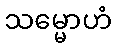
သမ္မောဟံ